Document type: Inventory
Year: 1295
Scribe: Pere Marc
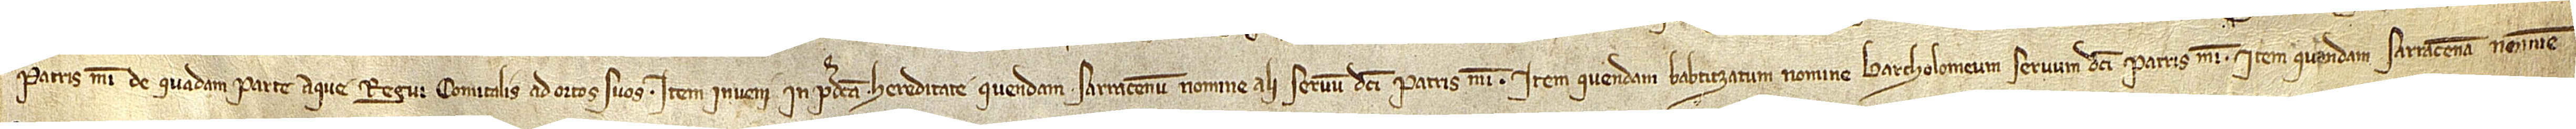
patris mei de quadam parte aque Regui Comitalis ad ortos suos. Item, inveni in predicta hereditate quendam sarracenum nomine Ali, servum dicti patris mei; item, quendam babtitzatum nomine Bartholomeum, servum dicti patris mei; item, quandam sarracenam nomine